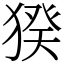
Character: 猤